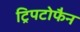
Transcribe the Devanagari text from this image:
ट्रिपटोफैन